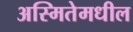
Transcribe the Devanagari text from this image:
अस्मितेमधील